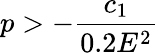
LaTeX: p>-\frac{c_{1}}{0.2E^{2}}